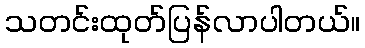
သတင်းထုတ်ပြန်လာပါတယ်။